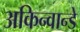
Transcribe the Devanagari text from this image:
अकिन्वान्डे